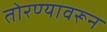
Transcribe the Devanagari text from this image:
तोरण्यावरून